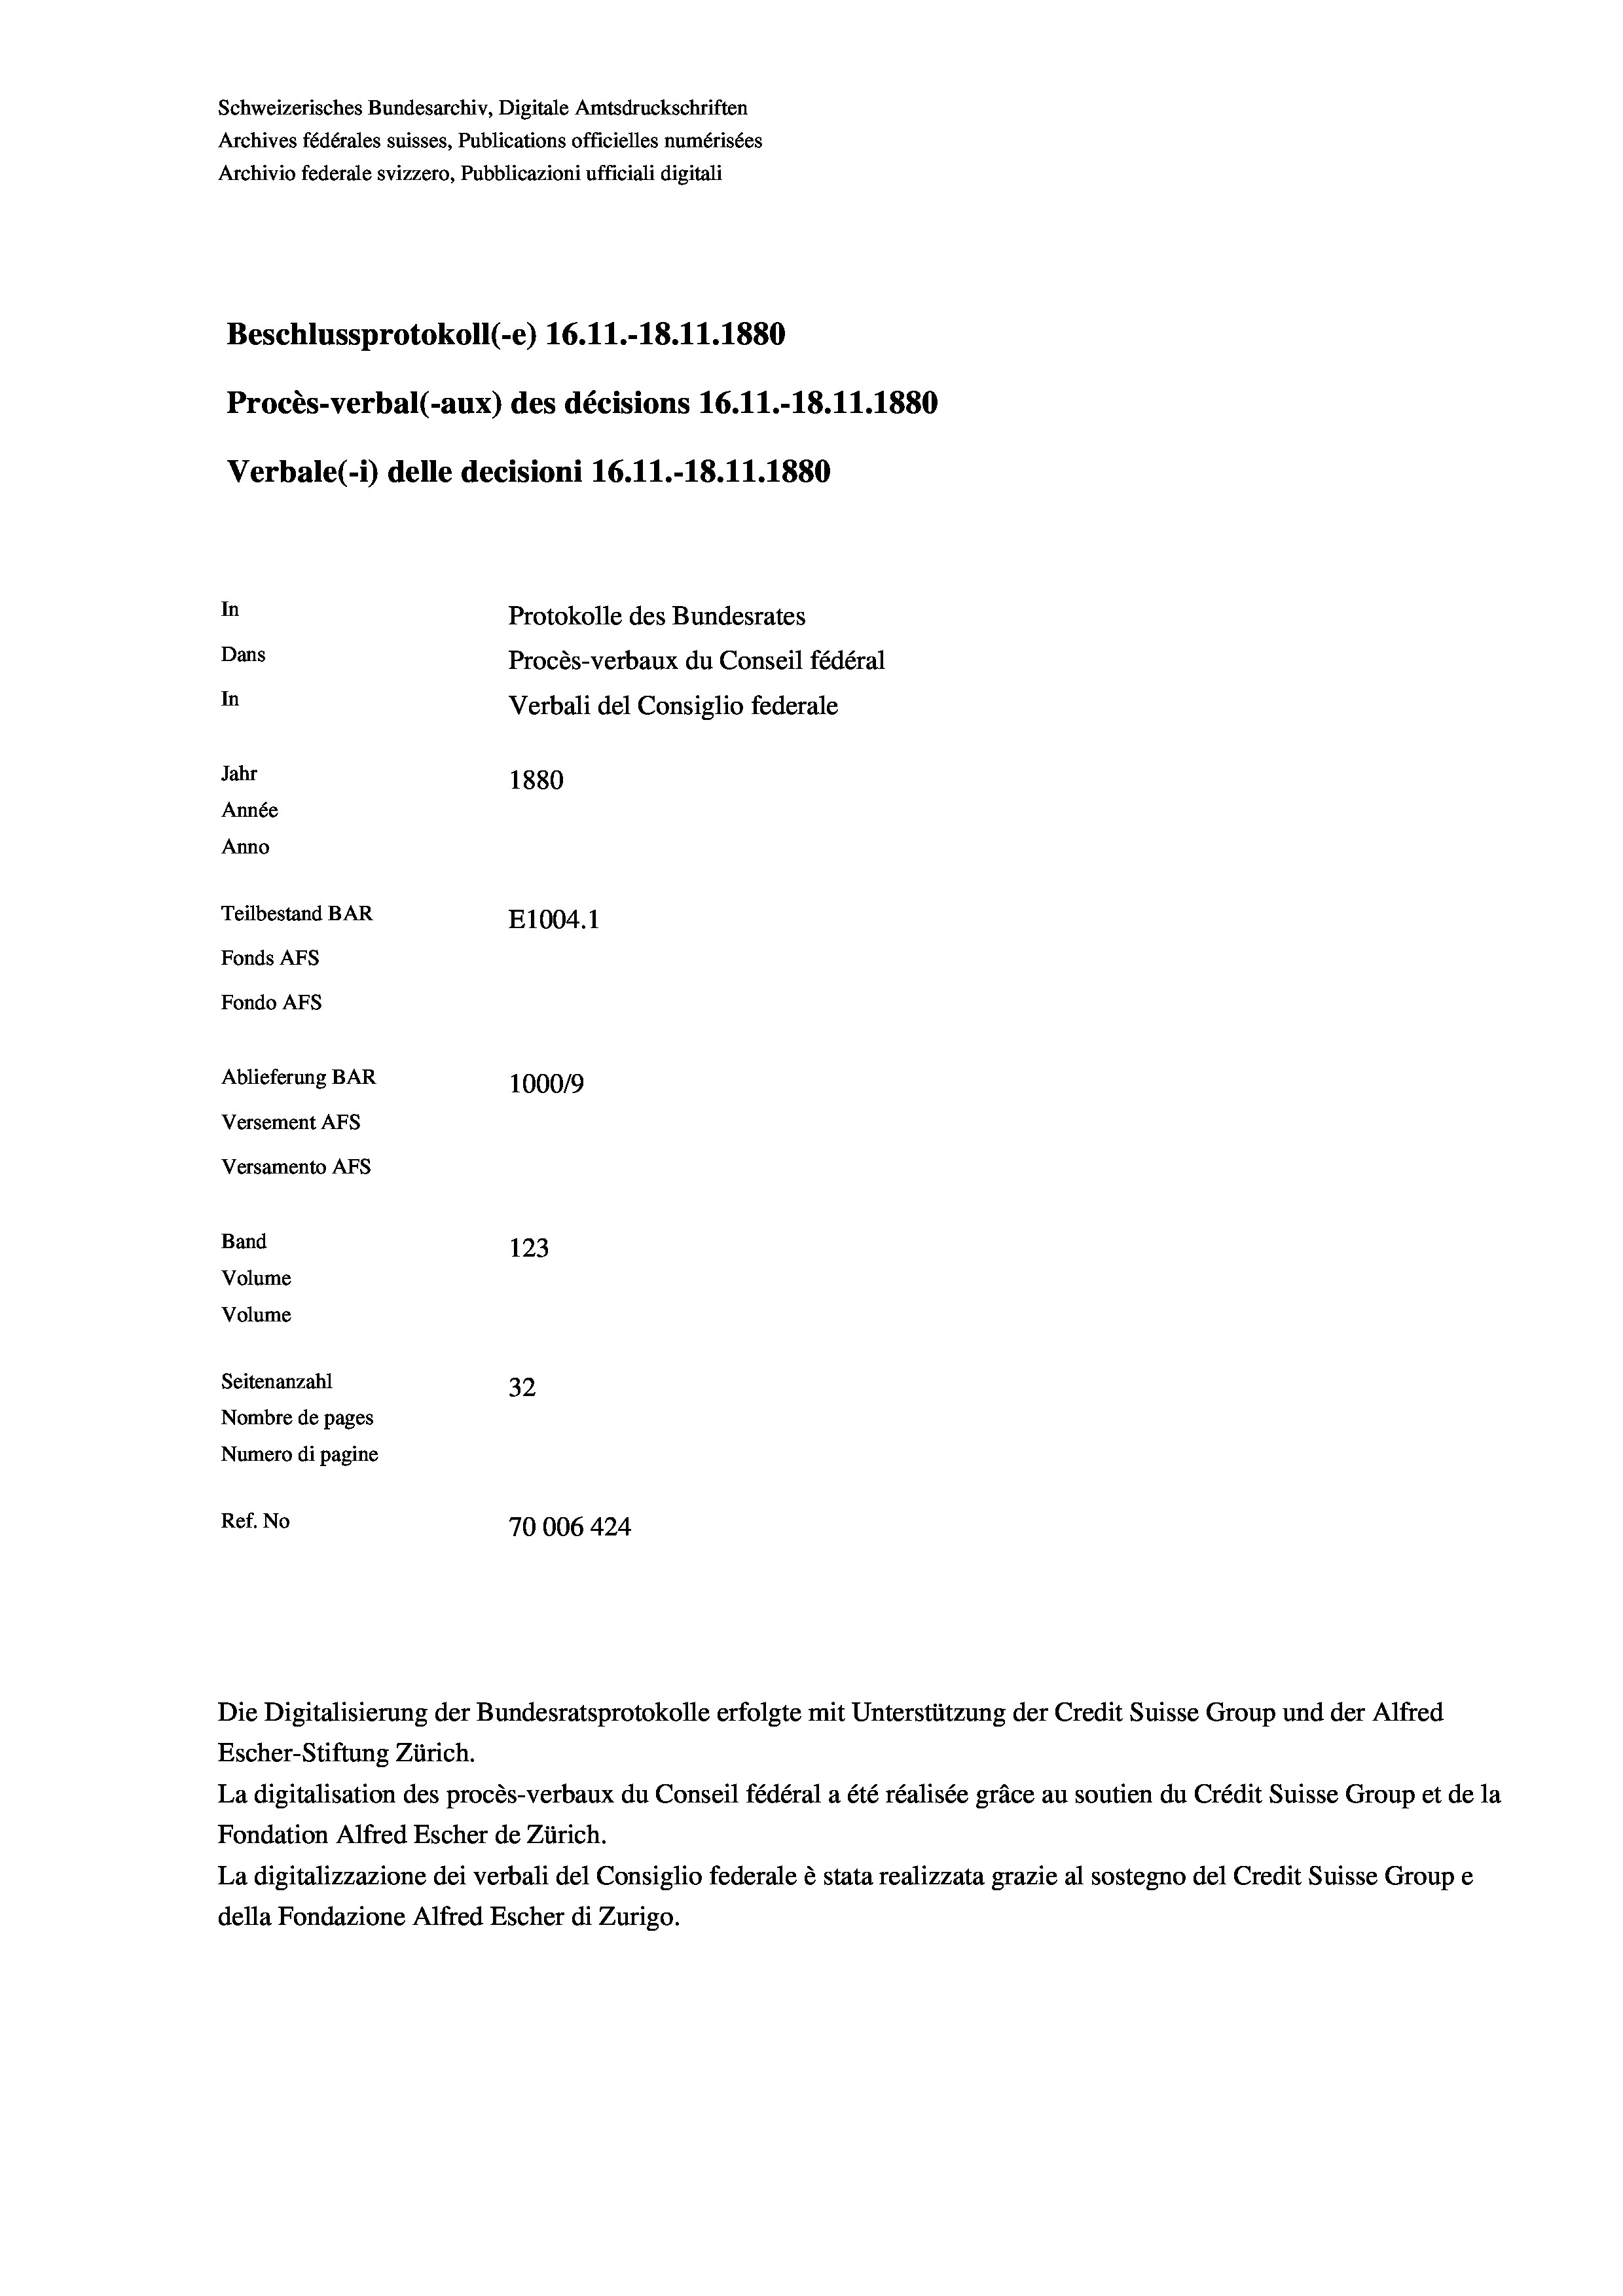
Schweizerisches Bundesarchiv, Digitale Amtsdruckschriften
Archives fédérales suisses, Publications officielles numérisées
Archivio federale svizzero, Pubblicazioni ufficiali digitali
Beschlussprotokoll (-e) 16.11.-18.11.1880
Procès-verbal (-aux) des décisions 16.11.-18.11.1880
Verbale(-*) delle decisioni 16.11.-18.11.1880
In
Protokolle des Bundesrates
Dans
Procès-verbaux du Conseil fédéral
In
Verbali del Consiglio federale
Jahr
1880
Année
Anno
Teilbestand BAR
E1004.1
Fonds AFs
Fondo AFs
Ablieferung BAR
100019
Versement AFs
Versamento Afs
Band
123
Volume
Volume
Seitenanzahl
32
Nombre de pages
Numero di pagine
Ref. No
70006 424

Die Digitalisierung der Bundesratsprotokolle erfolgte mit Unterstützung der Credit Suisse Group und der Alfred
Escher-Stiftung Zürich.
La digitalisation des procès-verbaux du Conseil fédéral a été réalisée gräce au soutien du Crédit Suisse Group et de la
Fondation Alfred Escher de Zürich.
La digitalizzazione dei verbali del Consiglio federale è stata realizzata grazie al sostegno del Credit Suisse Groupe
della Fondazione Alfred Escher di Zurigo.